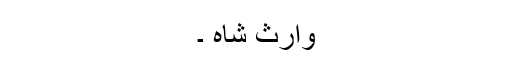
وارث شاہ ۔